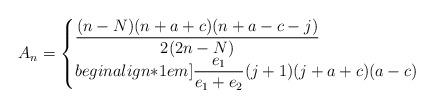
LaTeX: \begin{align*} A_n = \begin{cases}\dfrac{(n-N)(n+a+c)(n+a-c-j)}{2(2n-N)} &\\begin{align*}1em]\dfrac{e_1}{e_1+e_2}(j+1)(j+a+c)(a-c) &\end{cases} \end{align*}